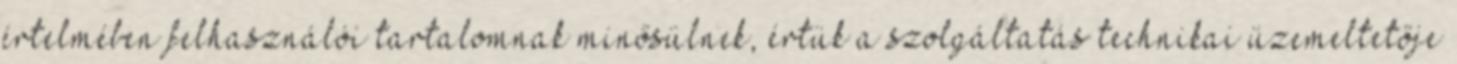
értelmében felhasználói tartalomnak minősülnek, értük a szolgáltatás technikai üzemeltetője